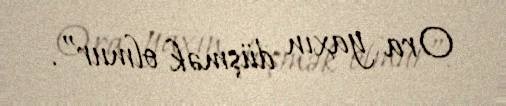
Ora yaxın düşmək olmur”.